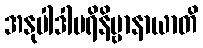
အနုပါဒါပရိနိဗ္ဗာနာယာတိ